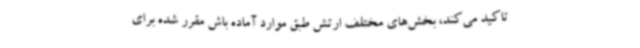
تاکید می‌کند، بخش‌های مختلف ارتش طبق موارد آماده باش مقرر شده برای